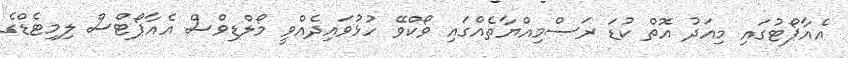
އެއާޕޯޓުގައި މިއަދު އޮތް ކުޑަ ރަސްމިއްޔާތެއްގައި ވޯކްވޭ ހުޅުވައިދެއްވީ މޯލްޑިވްސް އެއާޕޯޓްސް ލިމިޓެޑްގެ